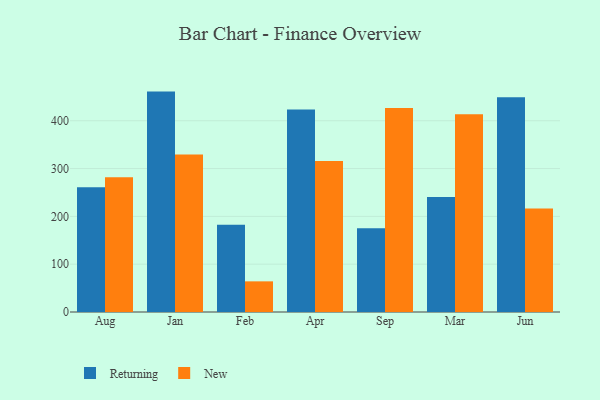
{"axis": {"x": "Month", "y": "Operating Costs (USD K)"}, "legend": ["New", "Returning"], "data": [{"x": "Aug", "y": 260.9, "type": "Returning"}, {"x": "Aug", "y": 281.8, "type": "New"}, {"x": "Jan", "y": 460.9, "type": "Returning"}, {"x": "Jan", "y": 329.6, "type": "New"}, {"x": "Feb", "y": 182.5, "type": "Returning"}, {"x": "Feb", "y": 64.1, "type": "New"}, {"x": "Apr", "y": 423.7, "type": "Returning"}, {"x": "Apr", "y": 315.8, "type": "New"}, {"x": "Sep", "y": 175.1, "type": "Returning"}, {"x": "Sep", "y": 426.5, "type": "New"}, {"x": "Mar", "y": 240.7, "type": "Returning"}, {"x": "Mar", "y": 413.6, "type": "New"}, {"x": "Jun", "y": 449.2, "type": "Returning"}, {"x": "Jun", "y": 216.4, "type": "New"}]}